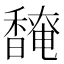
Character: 𬳡